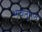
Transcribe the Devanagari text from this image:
भावानुभाव